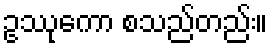
ဥဿုကော စသည်တည်း။